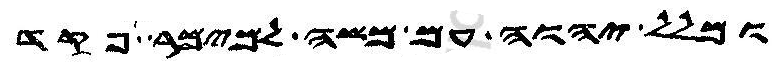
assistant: ומלל יהוה עם משה למימר פקד